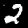
Label: 2